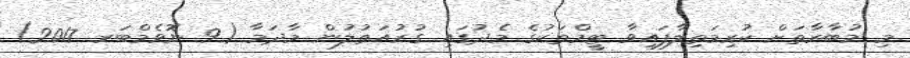
މި މުބާރާތަށް ކުރިމަތިލާފައިވާ ޓީމްތަކުގެ މެދުގައި ގުރުއަތުލުން މާދަމާ (9 ނޮވެމްބަރ 2017)